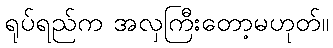
ရုပ်ရည်က အလှကြီးတော့မဟုတ်။